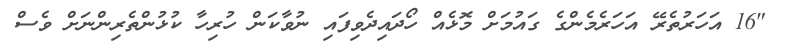
"16 އަހަރުތެރޭ އަހަރެމެންގެ ގައުމަށް މޮޅެއް ހޯދައިދެވިފައި ނުވާކަން ހުރިހާ ކުޅުންތެރިންނަށް ވެސް